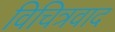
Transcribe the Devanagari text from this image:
विचित्रवाद